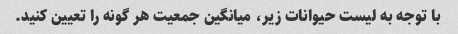
با توجه به لیست حیوانات زیر، میانگین جمعیت هر گونه را تعیین کنید.